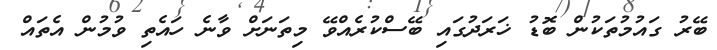
ބޭރު ގައުމުތަކުން ބޮޑު ޚަރަދުގައި ބޭސްކުރެއްވޭ މިތަނަށް ވާނެ ހައެތި ވުމުން އެތައް